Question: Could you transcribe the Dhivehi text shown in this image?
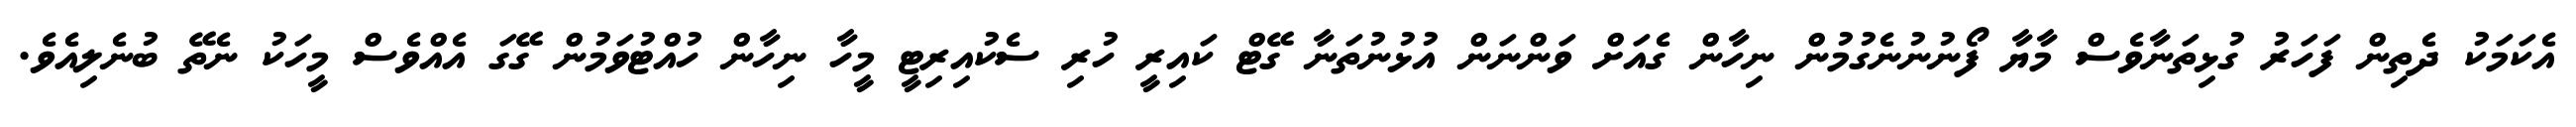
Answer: އެކަމަކު ދެތިން ފަހަރު ގުޅިތަނާވެސް މާޔާ ފޯނުނުނެގުމުން ނިހާން ގެއަށް ވަންނަން އުޅުނުތަނާ ގޭޓް ކައިރީ ހުރި ސެކުއިރިޓީ މީހާ ނިހާން ހުއްޓުވަމުން ގޭގަ އެއްވެސް މީހަކު ނެތޭ ބުނެލިއެވެ.